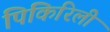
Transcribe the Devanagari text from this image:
पिकिरिली